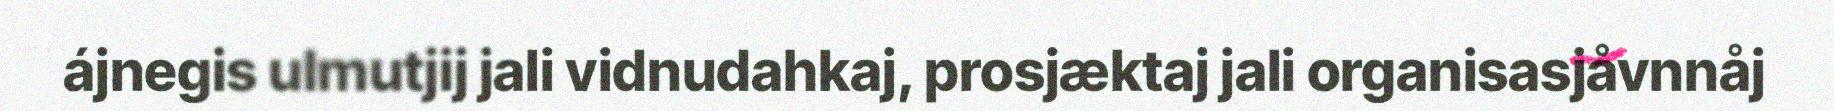
ájnegis ulmutjij jali vidnudahkaj, prosjæktaj jali organisasjåvnnåj